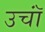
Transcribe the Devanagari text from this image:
उचॉं